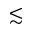
\lesssim